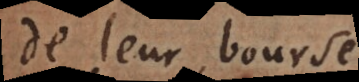
de leur bourse.